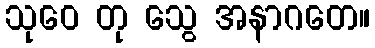
သုဝေ တု သွေ အနာဂတေ။